Civil Veterinary Department Bihar reports 1940-50 - 1940-1950
Year: 1940
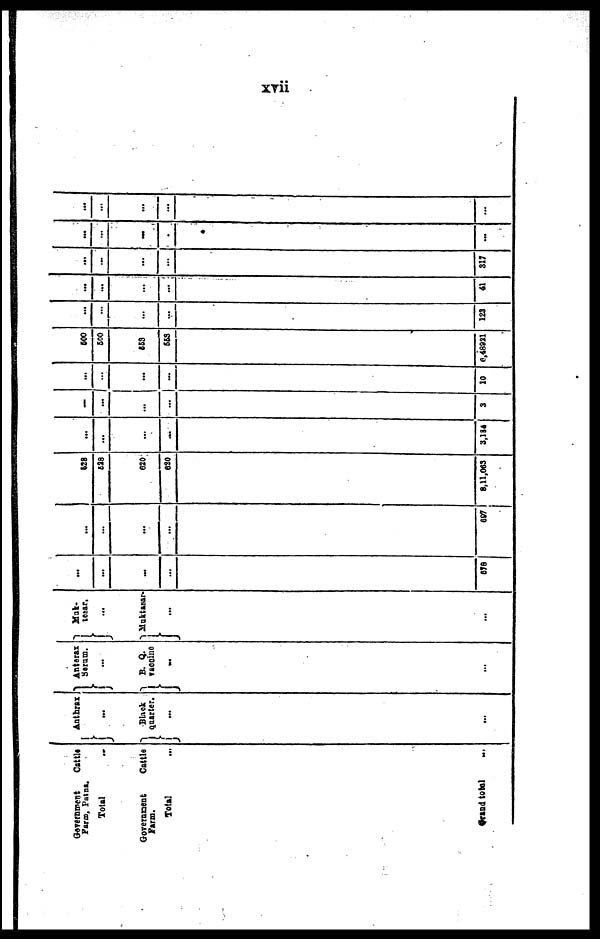
xvii
Government cattle
Farm, Patna.
Total …
Government
Cattle
Farm.
Total …
Grand total …
Anthrax
… …
Black
quarter.
…
…
Anthrax
Serum.
…
B. Q.
vaccine
…
…
Muk-
tesar.
...
Muktesar-
…
…
…
…
…
…
678
...
…
…
…
697
528
528
620
620
8,11,063
...
...
…
…
3,134
…
...
…
…
3
...
…
…
…
10
600
600
553
553
6,48921
...
…
…
…
123
...
...
…
…
41
...
…
…
…
317
…
…
…
…
…
...
...
…
…
…